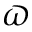
\varpi